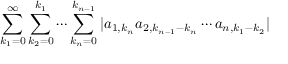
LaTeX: \sum _ { k _ { 1 } = 0 } ^ { \infty } \sum _ { k _ { 2 } = 0 } ^ { k _ { 1 } } \cdots \sum _ { k _ { n } = 0 } ^ { k _ { n - 1 } } | a _ { 1 , k _ { n } } a _ { 2 , k _ { n - 1 } - k _ { n } } \cdots a _ { n , k _ { 1 } - k _ { 2 } } |